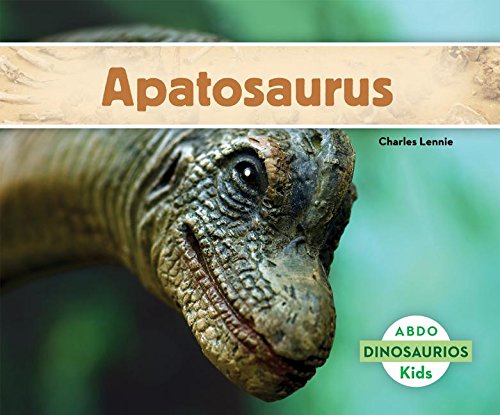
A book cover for Apatosaurus (Abdo Kids: Dinosaurios) (Spanish Edition); Charles Lennie; Children's Books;